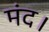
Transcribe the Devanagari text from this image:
मंद।